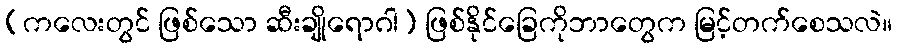
(ကလေးတွင် ဖြစ်သော ဆီးချိုရောဂါ) ဖြစ်နိုင်ခြေကိုဘာတွေက မြင့်တက်စေသလဲ။